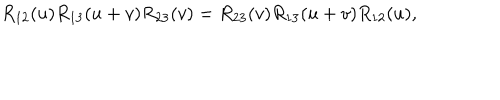
LaTeX: R _ { 1 2 } ( u ) R _ { 1 3 } ( u + v ) R _ { 2 3 } ( v ) = R _ { 2 3 } ( v ) R _ { 1 3 } ( u + v ) R _ { 1 2 } ( u ) ,